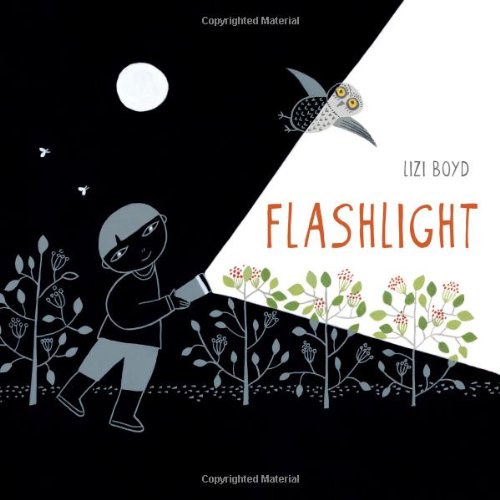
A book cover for Flashlight; Lizi Boyd; Children's Books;